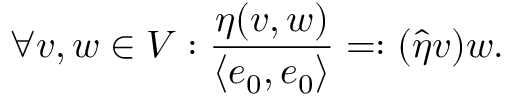
\forall v , w \in V : \frac { \eta ( v , w ) } { \langle e _ { 0 } , e _ { 0 } \rangle } = : ( \widehat \eta v ) w .